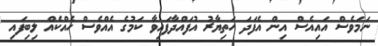
ނަމަވެސް އައިއެސް އިން އެފަދަ ހަތިޔާރު އުފައްދާފައިވާ ކަމުގެ އެއްވެސް ހެއްކެއް ލިބިފައި